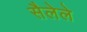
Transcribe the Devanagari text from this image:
सैलेले